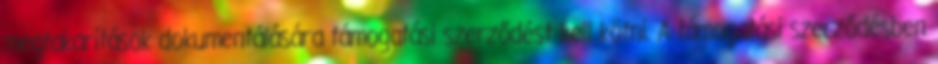
megtakarítások dokumentálására támogatási szerződést kell kötni. A támogatási szerződésben